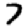
Digit: 7